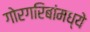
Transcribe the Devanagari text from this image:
गोरगरिबांमध्ये